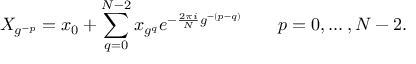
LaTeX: X _ { g ^ { - p } } = x _ { 0 } + \sum _ { q = 0 } ^ { N - 2 } x _ { g ^ { q } } e ^ { - { \frac { 2 \pi i } { N } } g ^ { - ( p - q ) } } \qquad p = 0 , \dots , N - 2 .